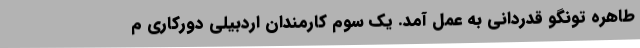
طاهره تونگو قدردانی به عمل آمد. یک سوم کارمندان اردبیلی دورکاری م